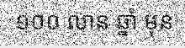
១០០ លាន ឆ្នាំ មុន